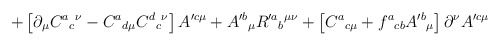
\begin{align*}+\left[ \partial _{\mu }C^{a}{}_{c}{}^{\nu }-C^{a}{}_{d\mu}C^{d}{}_{c}{}^{\nu }\right] A^{\prime c \mu }+ A^{\prime b}{}_{\mu}R^{\prime a}{}_{b}{}^{\mu \nu }+\left[ C^{a}{}_{c\mu}+f^{a}{}_{cb}A^{\prime b}{}_{\mu }\right] \partial^{\nu}A^{\prime c\mu }\end{align*}